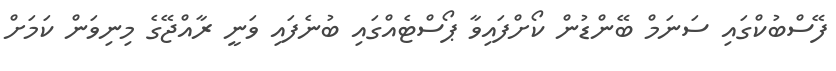
ފޭސްބުކްގައި ސަނަމް ބޭންޑުން ކޯށްފައިވާ ޕޯސްޓެއްގައި ބުނެފައި ވަނީ ރާއްޖޭގެ މިނިވަން ކަމަށް